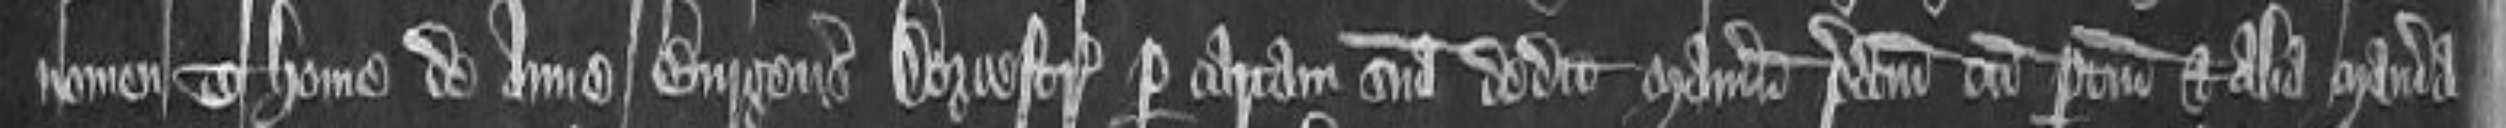
nomen Thome de Anne Burgensis Dorcestrie per cartam suam dedit manerium predictum cum pertinenciis et alia maneria